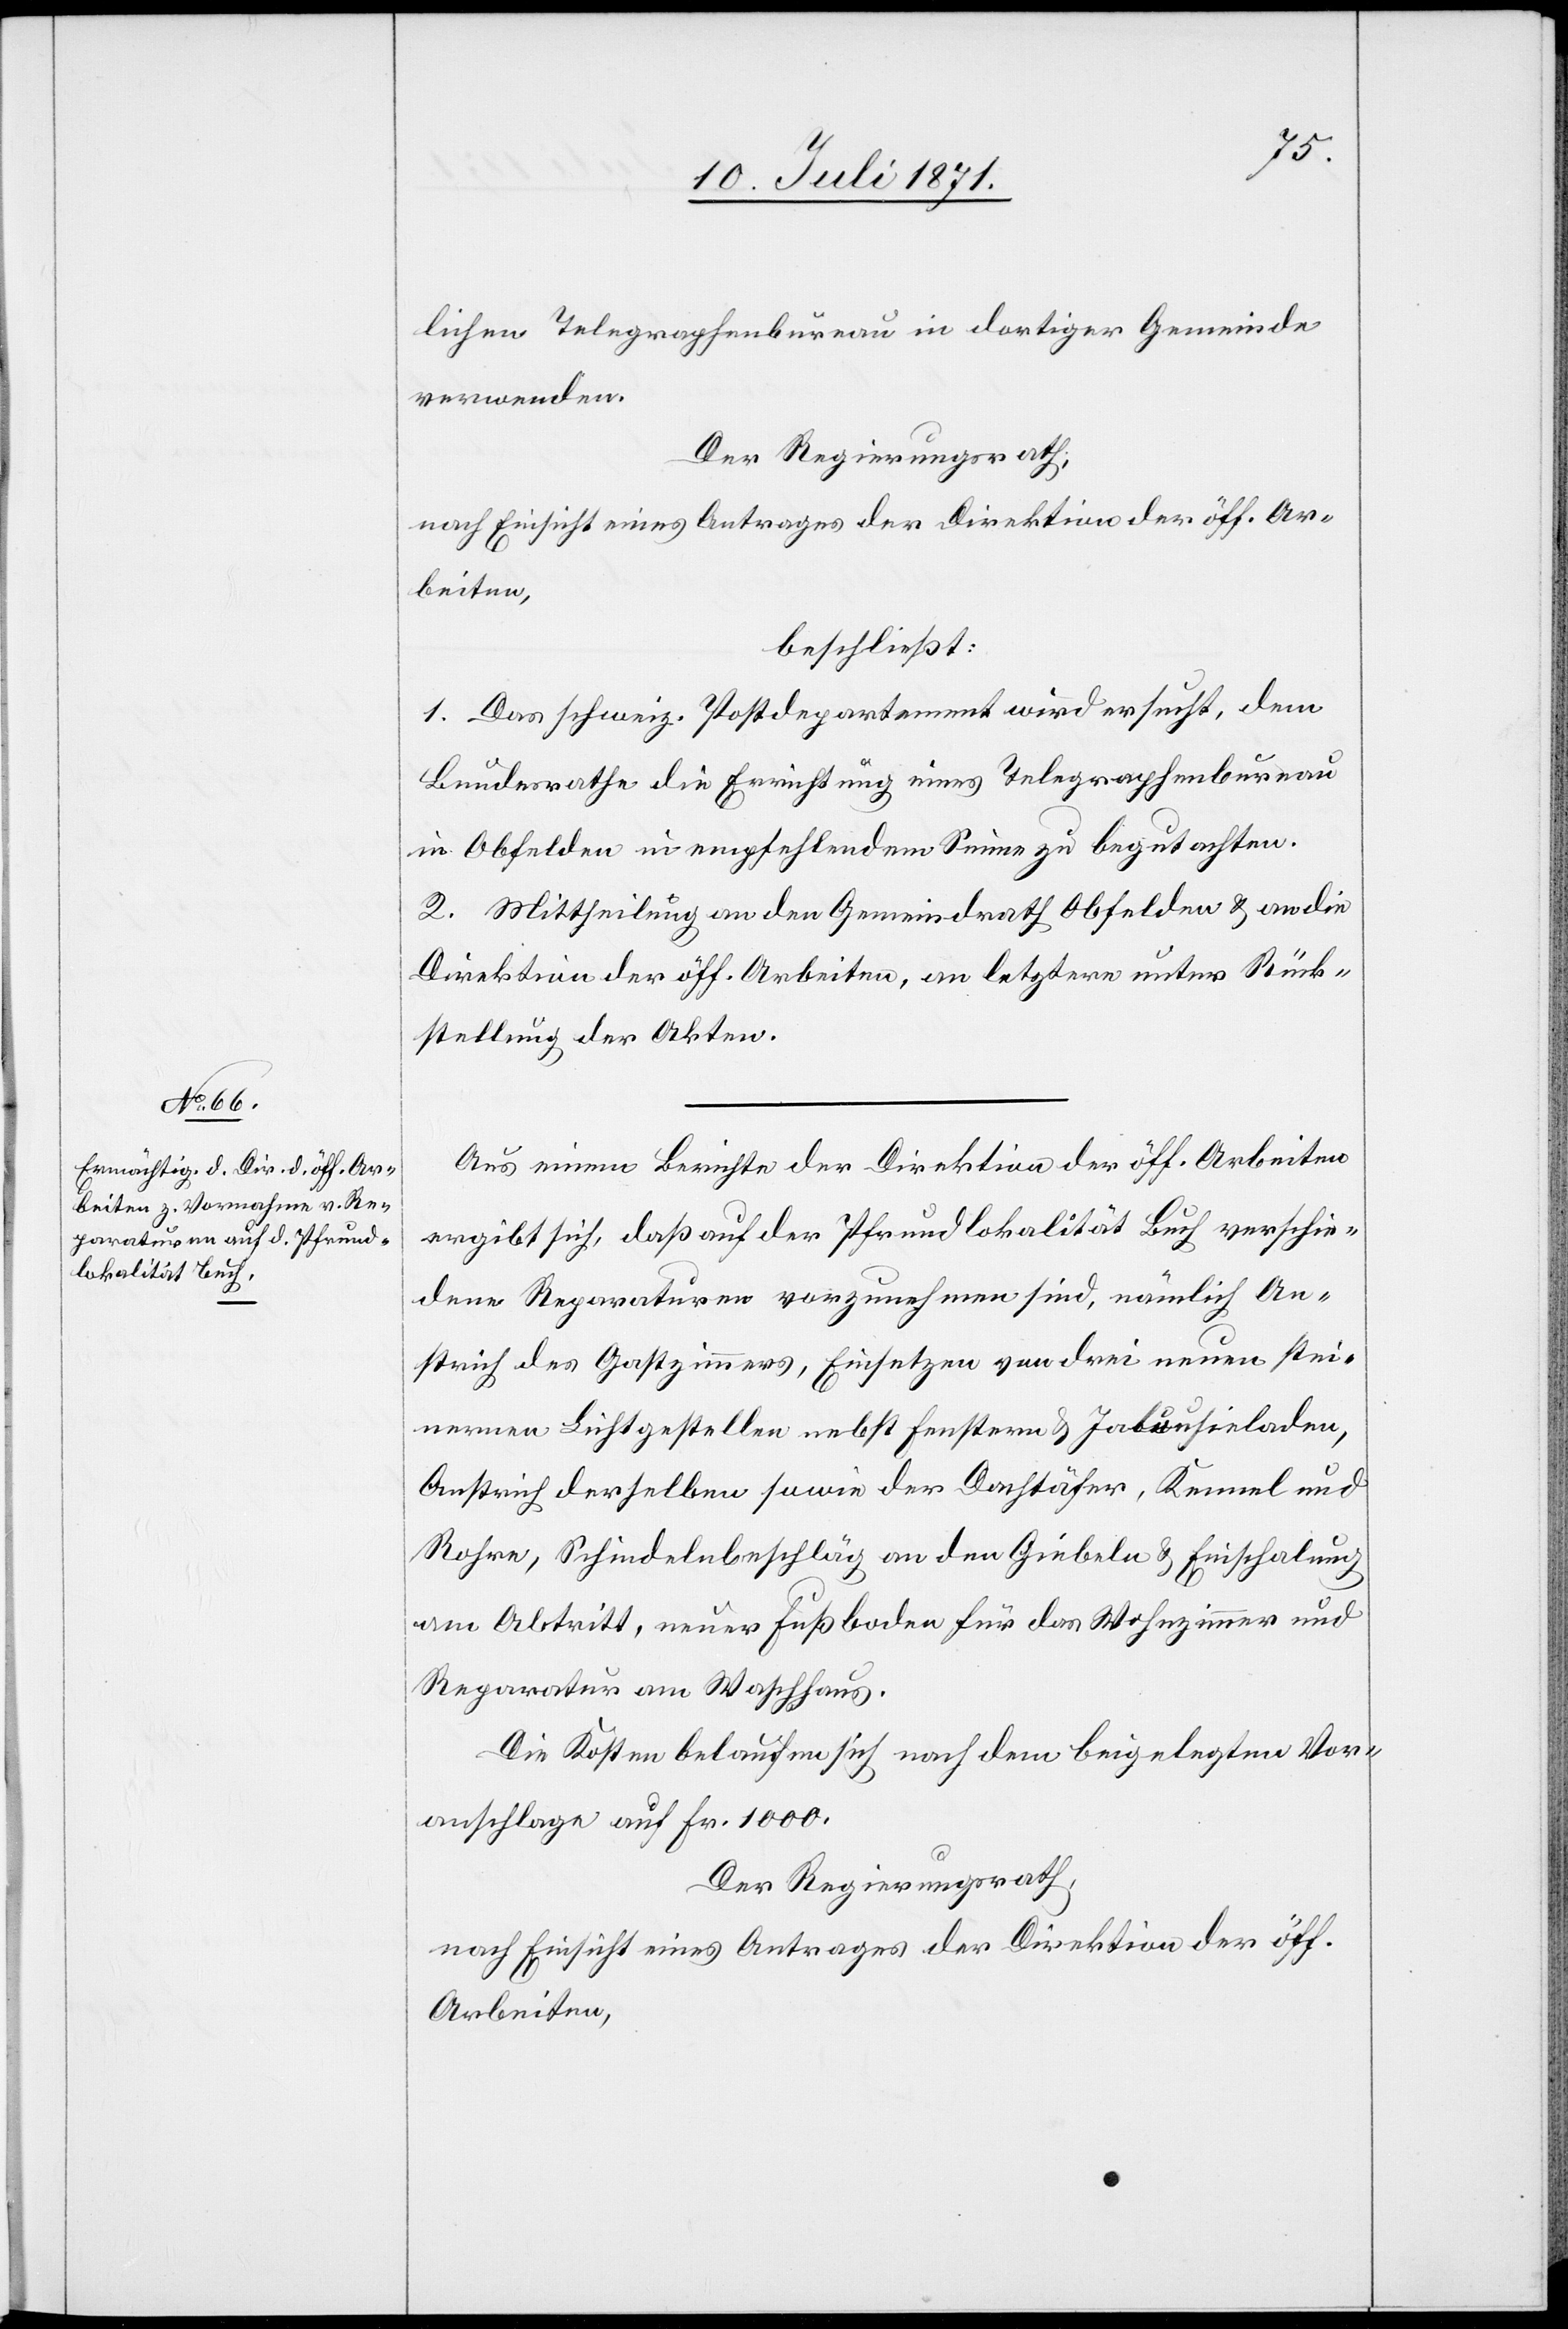
lichen Telegraphenbureau in dortiger Gemeinde
verwenden.
Der Regierungsrath;
beschließt:
1 Das schweiz. Postdepartement wird ersucht, dem
Bundesrathe die Errichtung eines Telegraphenbureau
in Obfelden in empfehlendem Sinne zu begutachten.
2. Mittheilung an den Gemeindrath Obfelden u. an die
Direktion der öff. Arbeiten, an letztere unter Rück¬
stellung der Akten.
Aus einem Bericht der Direktion der öff. Arbeiten
ergibt sich, daß auf der Pfrundlokalität Buch verschie¬
dene Reparaturen vorzunehmen sind, nämlich An¬
strich des Gastzimmers, Einsetzen von drei neuen stei¬
nernen Lichtgestellen nebst Fenstern u. Jalousieladen,
Anstrich derselben sowie der Dachtäfer, Kennel und
Rohre, Schindelnbeschläg an den Giebeln u. Einschalung
am Abtritt, neuer Fußboden für das Wohnzimmer und
Reparatur am Waschhaus.
Die Kosten belaufen sich nach dem beigelegten Vor¬
anschlag auf Fr. 1000.
Der Regierungsrath,
nach Einsicht eines Antrages der Direktion der öff.
Arbeiten,